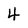
Character: 4